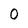
Character: 0